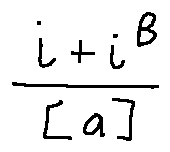
\frac { i + i ^ { B } } { [ a ] }